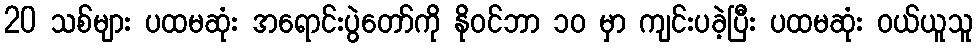
20 သစ်များ ပထမဆုံး အရောင်းပွဲတော်ကို နိုဝင်ဘာ ၁၀ မှာ ကျင်းပခဲ့ပြီး ပထမဆုံး ဝယ်ယူသူ